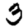
Digit: 3